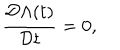
\frac { { \cal D } \Lambda ( t ) } { { \cal D } t } = 0 ,